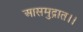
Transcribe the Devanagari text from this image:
आसमुद्रात।।